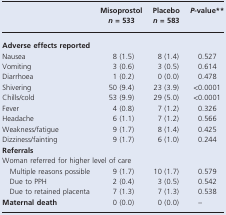
<table><thead><tr><td></td><td><b>Misoprostol <i>n</i> = 533</b></td><td><b>Placebo <i>n</i> = 583</b></td><td><b><i>P</i>-value**</b></td></tr></thead><tbody><tr><td colspan="4"><b>Adverse effects reported</b></td></tr><tr><td>Nausea</td><td>8 (1.5)</td><td>8 (1.4)</td><td>0.527</td></tr><tr><td>Vomiting</td><td>3 (0.6)</td><td>3 (0.5)</td><td>0.614</td></tr><tr><td>Diarrhoea</td><td>1 (0.2)</td><td>0 (0.0)</td><td>0.478</td></tr><tr><td>Shivering</td><td>50 (9.4)</td><td>23 (3.9)</td><td>&lt;0.0001</td></tr><tr><td>Chills/cold</td><td>53 (9.9)</td><td>29 (5.0)</td><td>&lt;0.0001</td></tr><tr><td>Fever</td><td>4 (0.8)</td><td>7 (1.2)</td><td>0.326</td></tr><tr><td>Headache</td><td>6 (1.1)</td><td>7 (1.2)</td><td>0.566</td></tr><tr><td>Weakness/fatigue</td><td>9 (1.7)</td><td>8 (1.4)</td><td>0.425</td></tr><tr><td>Dizziness/fainting</td><td>9 (1.7)</td><td>6 (1.0)</td><td>0.244</td></tr><tr><td colspan="4"><b>Referrals</b></td></tr><tr><td colspan="4">Woman referred for higher level of care</td></tr><tr><td> Multiple reasons possible</td><td>9 (1.7)</td><td>10 (1.7)</td><td>0.579</td></tr><tr><td> Due to PPH</td><td>2 (0.4)</td><td>3 (0.5)</td><td>0.542</td></tr><tr><td> Due to retained placenta</td><td>7 (1.3)</td><td>7 (1.3)</td><td>0.538</td></tr><tr><td><b>Maternal death</b></td><td>0 (0.0)</td><td>0 (0.0)</td><td>–</td></tr></tbody></table>